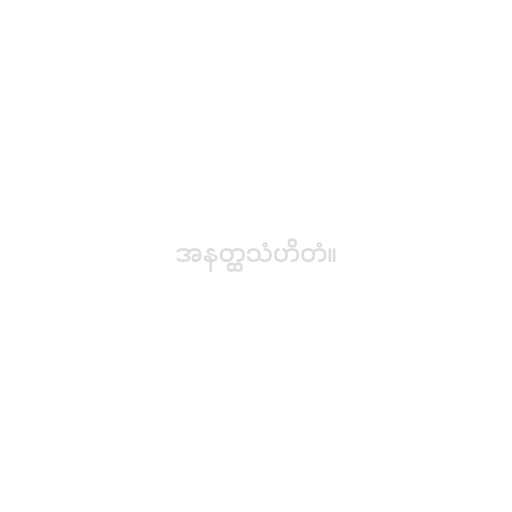
အနတ္ထသံဟိတံ။